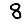
Digit: 8